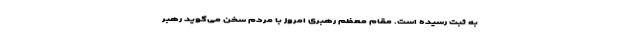
به ثبت رسیده است. مقام معظم رهبری امروز با مردم سخن می‌گوید رهبر